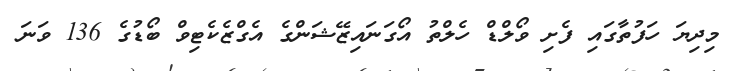
މިދިޔަ ހަފުތާގައި ފެށި ވޯލްޑް ހެލްތު އޯގަނައިޒޭޝަންގެ އެގްޒެކެޓިވް ބޯޑުގެ 136 ވަނަ